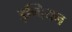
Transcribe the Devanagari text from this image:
इन्दियन